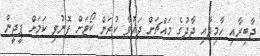
ޖާބިރާއި ހާމިދާއި ޖާދުގެ މައްޗަށް ދައުވާ ކުރަން ކޯޓަށް ފޮނުވި ކަމަށް ޕީޖީން